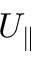
U _ { \parallel }